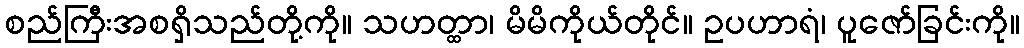
စည်ကြီးအစရှိသည်တို့ကို။ သဟတ္ထာ၊ မိမိကိုယ်တိုင်။ ဥပဟာရံ၊ ပူဇော်ခြင်းကို။